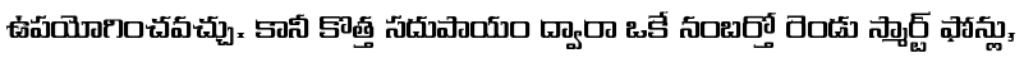
ఉపయోగించవచ్చు. కానీ కొత్త సదుపాయం ద్వారా ఒకే నంబర్తో రెండు స్మార్ట్ ఫోన్లు,